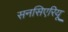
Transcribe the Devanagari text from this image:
सनसिएरियू